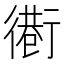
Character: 𢕵